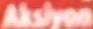
Akslyon